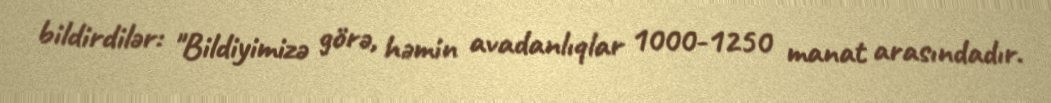
bildirdilər: "Bildiyimizə görə, həmin avadanlıqlar 1000-1250 manat arasındadır.